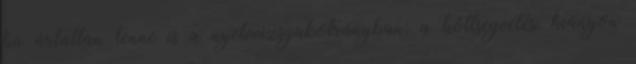
ha ártatlan lenne is a nyelvvizsgabotrányban; a költségvetési hiányon